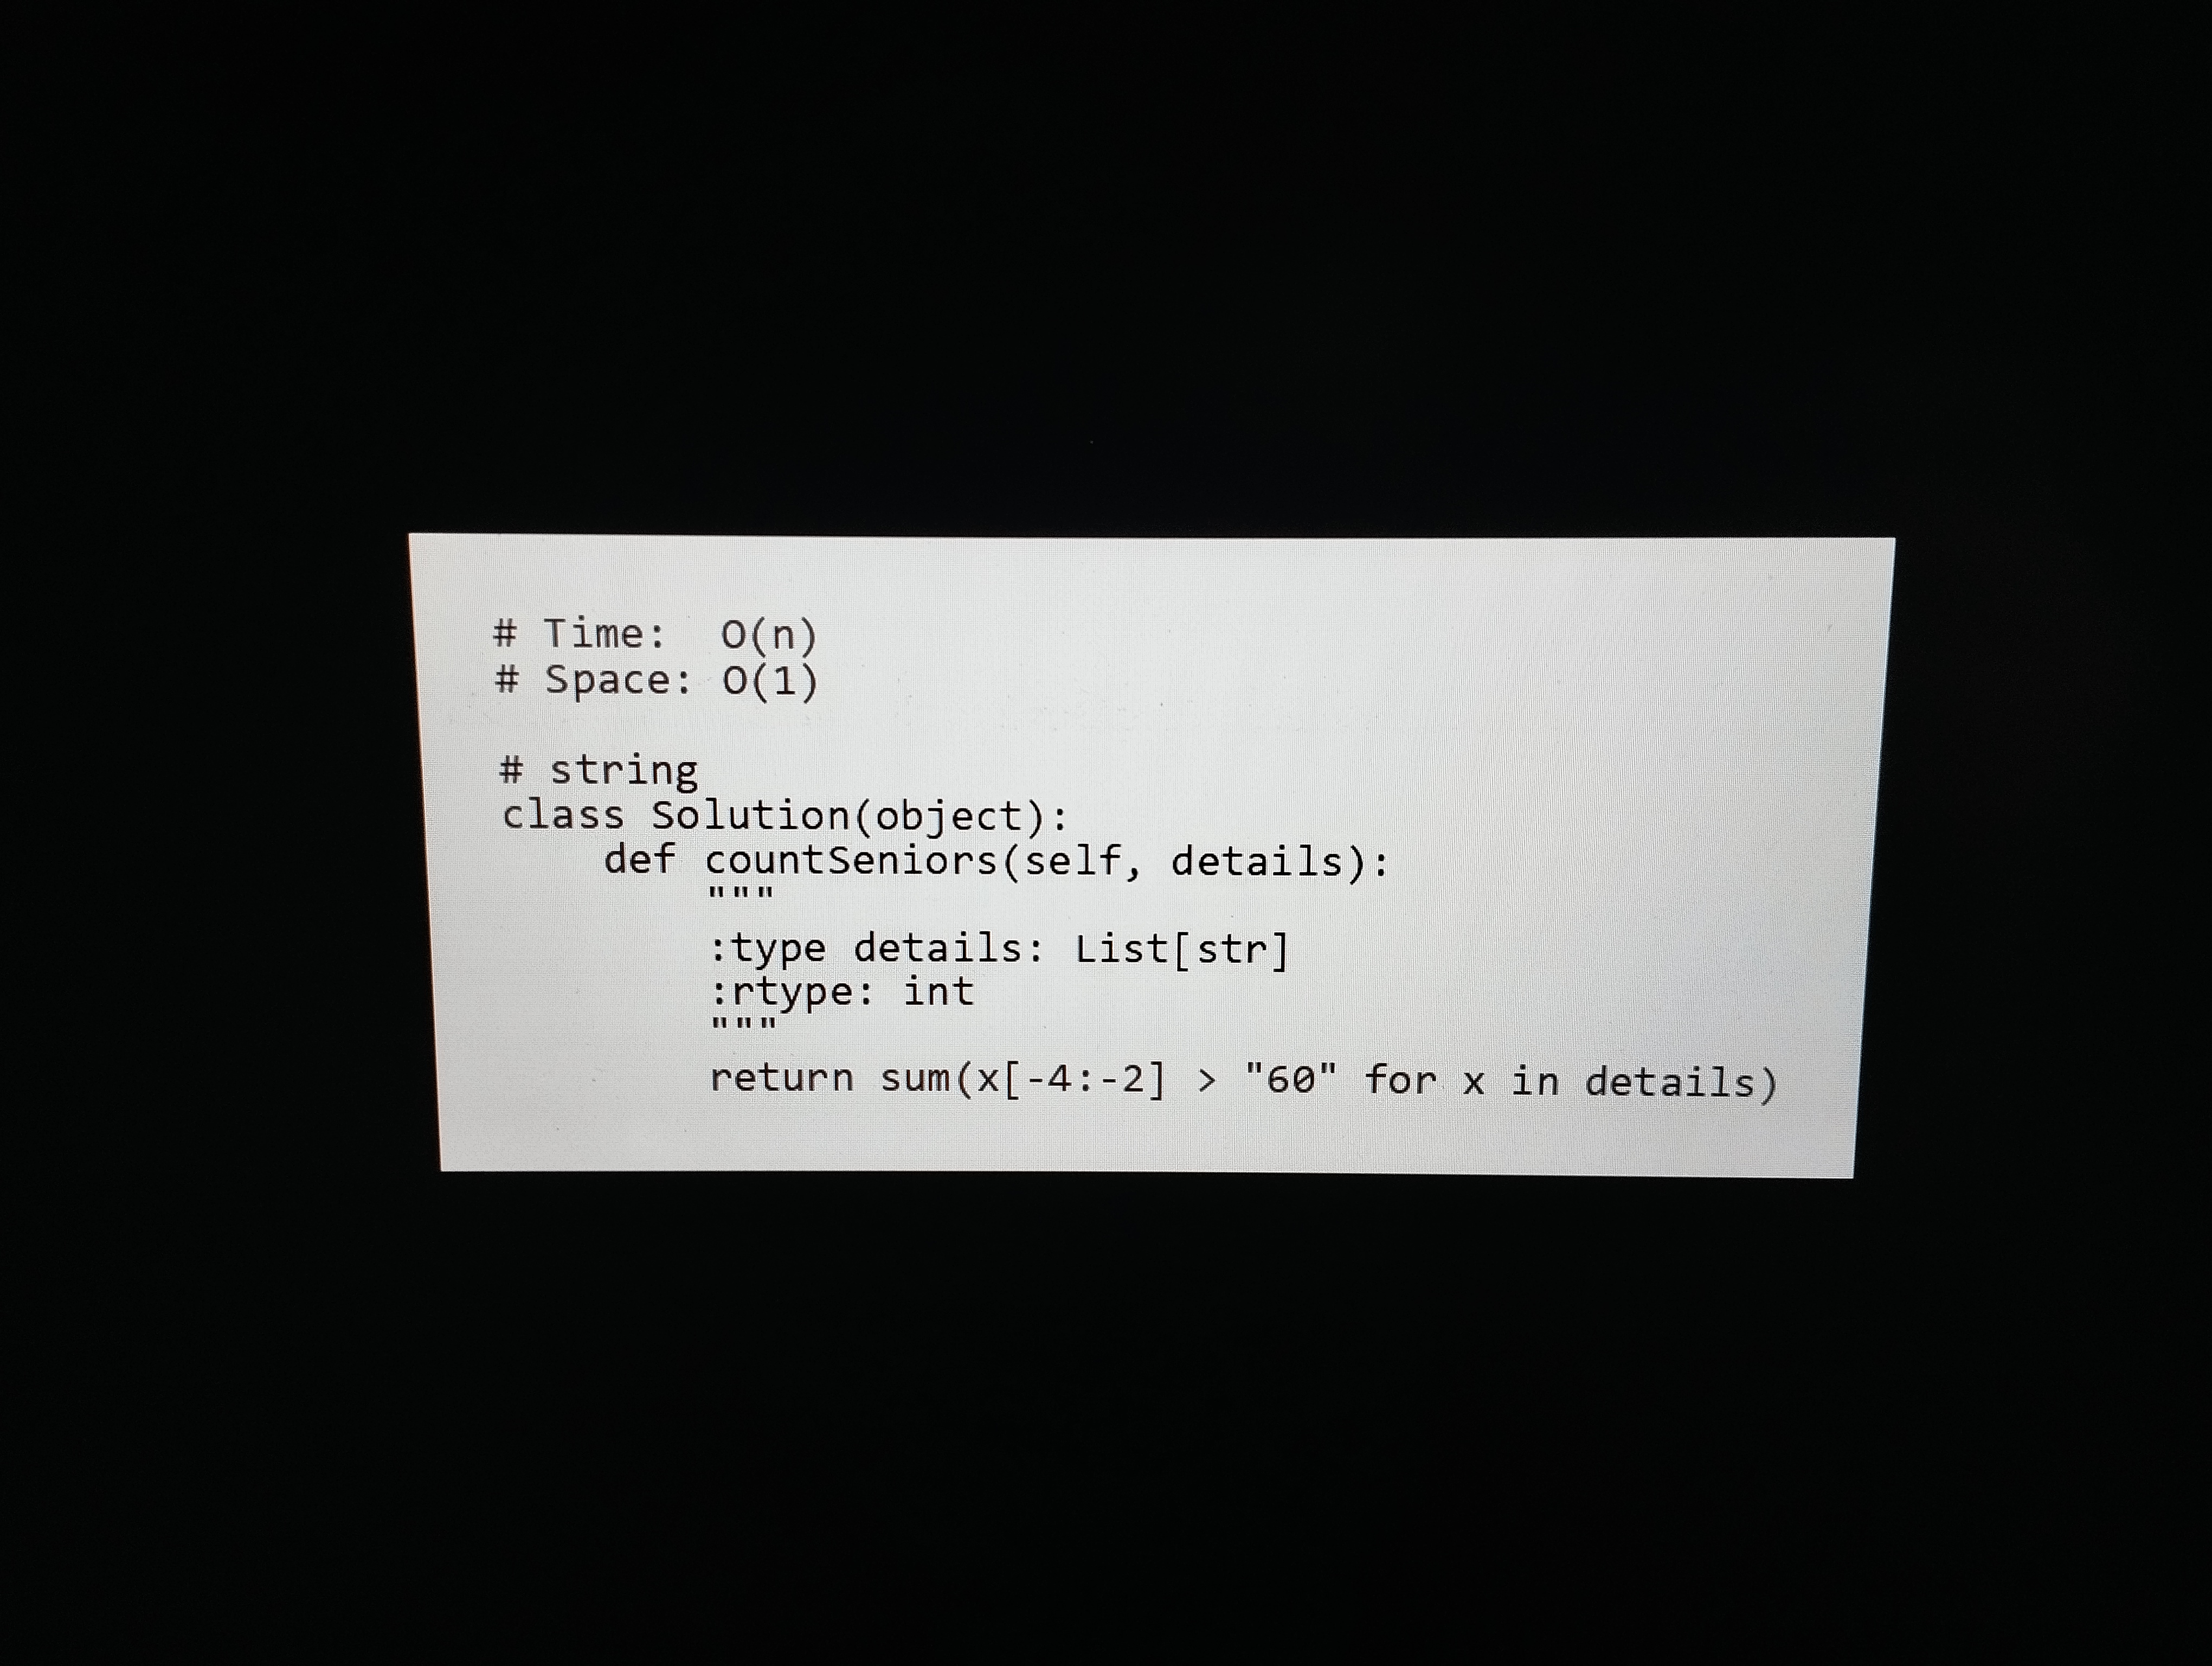
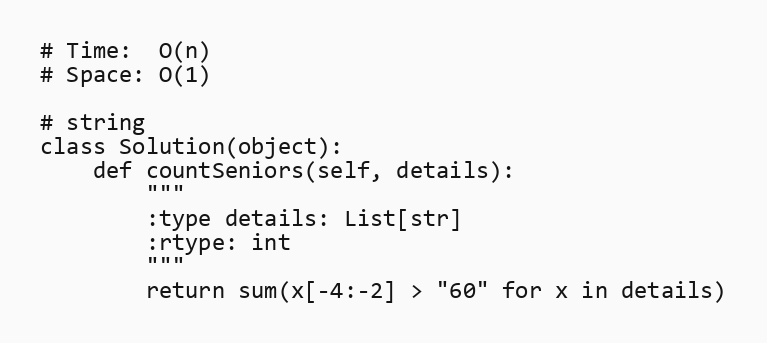
# Time:  O(n)
# Space: O(1)

# string
class Solution(object):
    def countSeniors(self, details):
        """
        :type details: List[str]
        :rtype: int
        """
        return sum(x[-4:-2] > "60" for x in details)